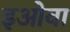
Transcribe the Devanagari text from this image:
इओवा